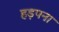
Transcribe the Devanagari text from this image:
हड़पना